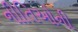
નીતિઓની